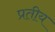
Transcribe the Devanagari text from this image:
प्रतीय